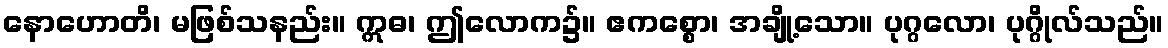
နောဟောတိ၊ မဖြစ်သနည်း။ ဣဓ၊ ဤလောက၌။ ဧကစ္စော၊ အချို့သော။ ပုဂ္ဂလော၊ ပုဂ္ဂိုလ်သည်။